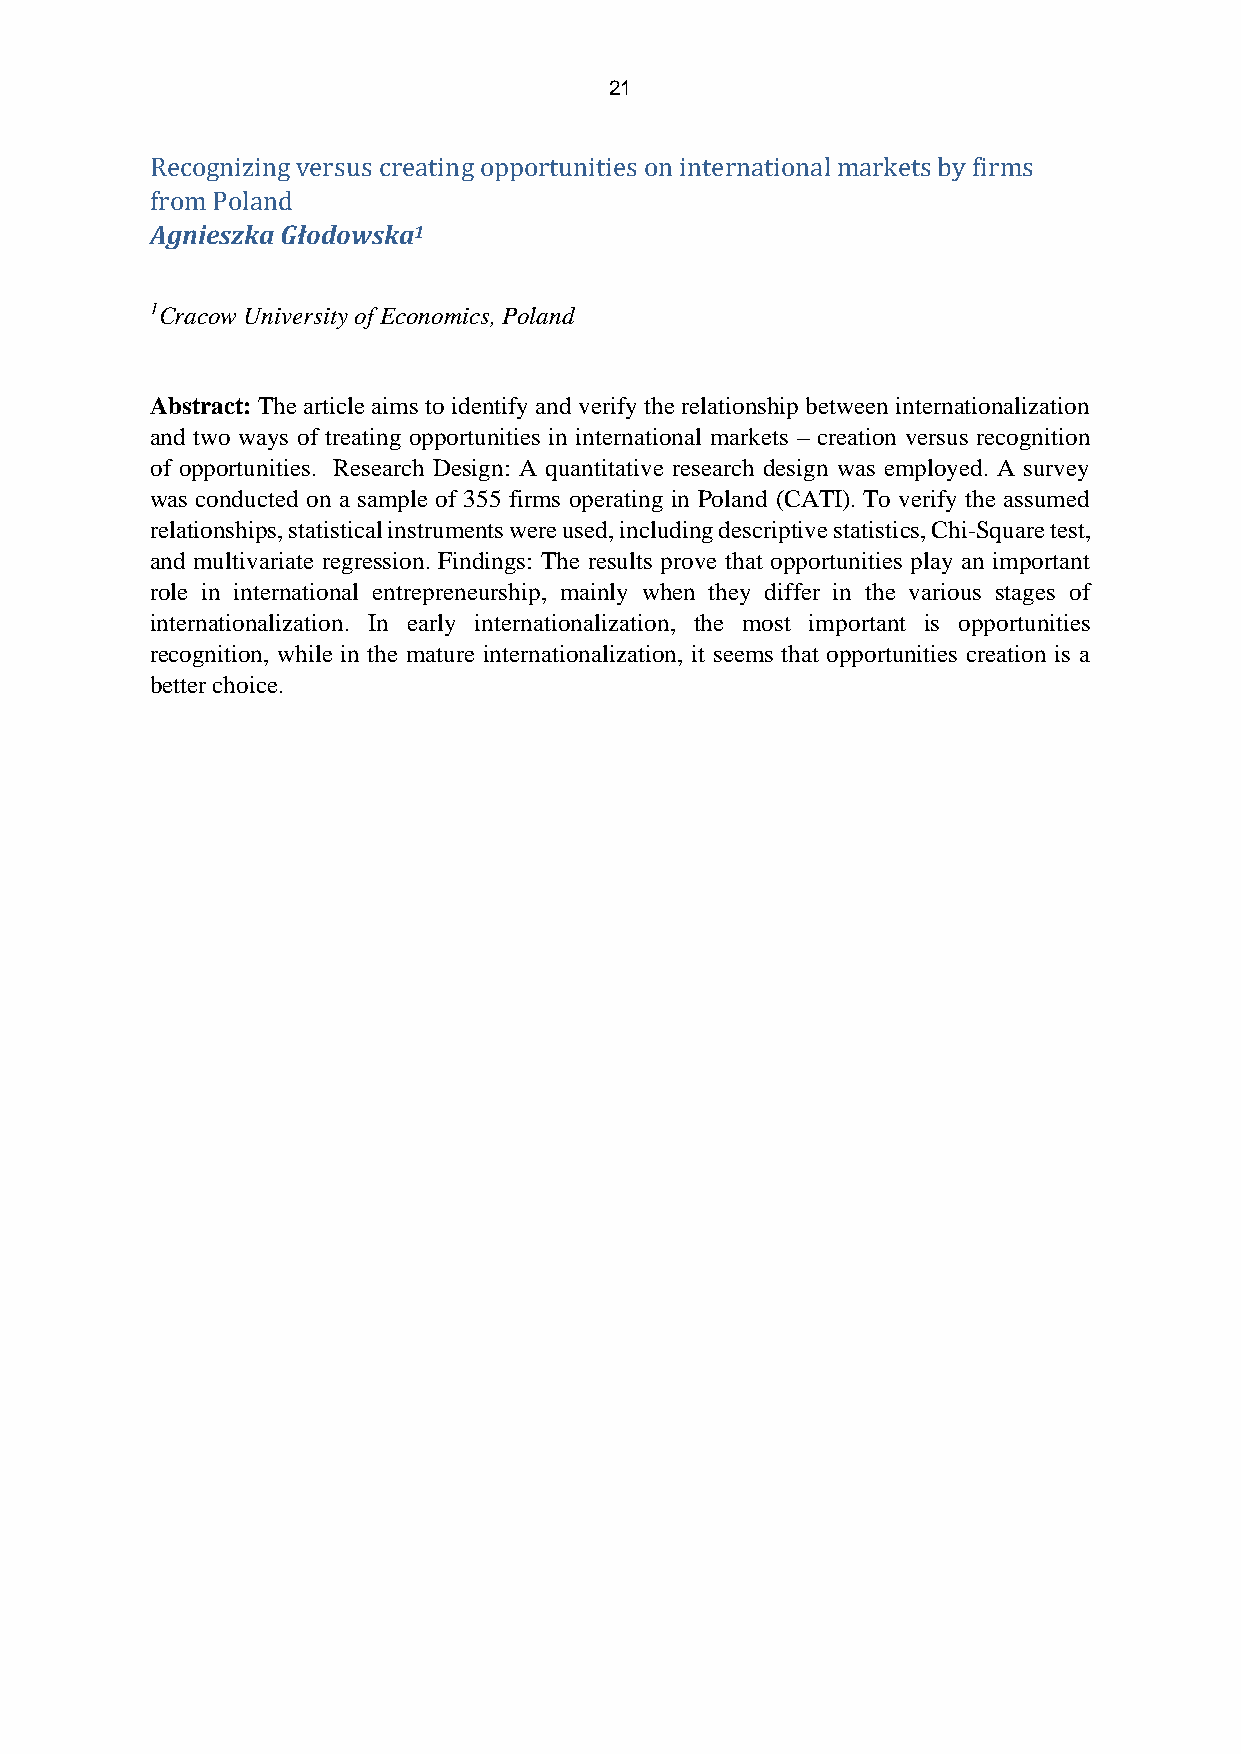
21
 Recognizing versus creating opportunities on international markets by firms
 from Poland
 Agnieszka Głodowska1
 1Cracow University of Economics, Poland
 Abstract: The article aims to identify and verify the relationship between internationalization
 and two ways of treating opportunities in international markets – creation versus recognition
 of opportunities. Research Design: A quantitative research design was employed. A survey
 was conducted on a sample of 355 firms operating in Poland (CATI). To verify the assumed
 relationships, statistical instruments were used, including descriptive statistics, Chi-Square test,
 and multivariate regression. Findings: The results prove that opportunities play an important
 role in international entrepreneurship, mainly when they differ in the various stages of
 internationalization. In early internationalization, the most important is opportunities
 recognition, while in the mature internationalization, it seems that opportunities creation is a
 better choice.